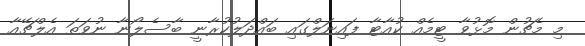
މި މެޗުން މޮޅުވާ ޓީމެއް ކުއާޓާ ފައިނަލްގައި ބައްދަލުކުރާނީ ބާސެލޯނާ ނުވަތަ އެލްޗޭއާ